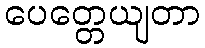
ပေတ္တေယျတာ